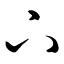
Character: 下